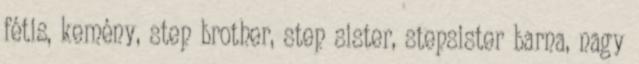
fétis, kemény, step brother, step sister, stepsister barna, nagy